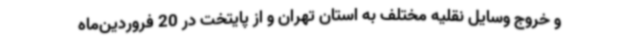
و خروج وسایل نقلیه مختلف به استان تهران و از پایتخت در 20 فروردین‌ماه